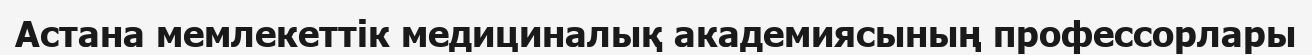
Астана мемлекеттік медициналық академиясының профессорлары